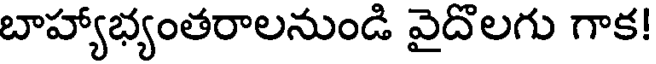
బాహ్యాభ్యంతరాలనుండి వైదొలగు గాక!